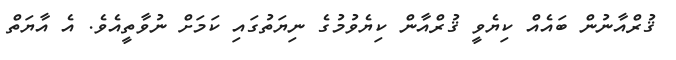
ޤުރްއާނުން ބައެއް ކިޔެވީ ޤުރްއާން ކިޔެވުމުގެ ނިޔަތުގައި ކަމަށް ނުވާތީއެވެ. އެ އާޔަތް